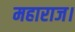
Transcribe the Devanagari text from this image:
महाराज।